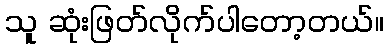
သူ ဆုံးဖြတ်လိုက်ပါတော့တယ်။